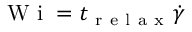
\mathrm { ~ W ~ i ~ } = t _ { \mathrm { ~ r ~ e ~ l ~ a ~ x ~ } } \dot { \gamma }